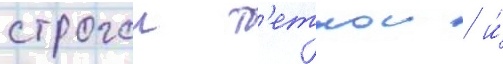
строгои т'еткои / и́